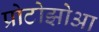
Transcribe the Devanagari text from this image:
प्रोटोझोआ